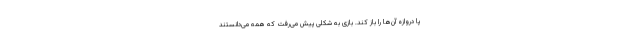
پا دروازه آن‌ها را باز کند. بازی به شکلی پیش می‌رفت که همه می‌دانستند